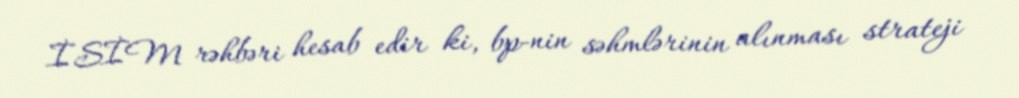
İSİM rəhbəri hesab edir ki, bp-nin səhmlərinin alınması strateji